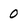
Character: 0